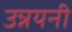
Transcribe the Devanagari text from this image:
उन्नयनी